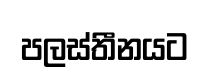
පලස්තීනයට